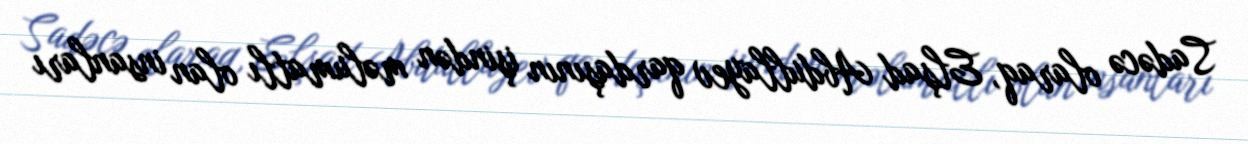
Sadəcə olaraq, Elşad Abdullayev qardaşının işindən məlumatlı olan insanları